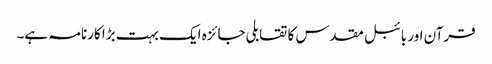
قرآن اور بائبل مقدس کا تقابلی جائزہ ایک بہت بڑا کارنامہ ہے۔